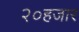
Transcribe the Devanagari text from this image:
२०हजार